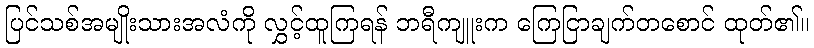
ပြင်သစ်အမျိုးသားအလံကို လွှင့်ထူကြရန် ဘရီကျူးက ကြေငြာချက်တစောင် ထုတ်၏။